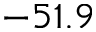
- 5 1 . 9